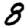
Digit: 8